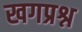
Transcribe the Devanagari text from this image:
खगप्रश्न